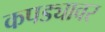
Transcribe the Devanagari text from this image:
कपड्यावर